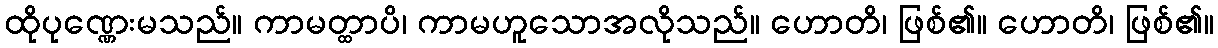
ထိုပုဏ္ဏေးမသည်။ ကာမတ္ထာပိ၊ ကာမဟူသောအလိုသည်။ ဟောတိ၊ ဖြစ်၏။ ဟောတိ၊ ဖြစ်၏။